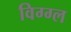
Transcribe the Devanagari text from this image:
विग्ग्ल